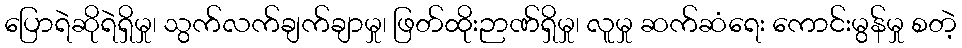
ပြောရဲဆိုရဲရှိမှု၊ သွက်လက်ချက်ချာမှု၊ ဖြတ်ထိုးဉာဏ်ရှိမှု၊ လူမှု ဆက်ဆံရေး ကောင်းမွန်မှု စတဲ့